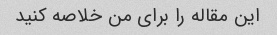
این مقاله را برای من خلاصه کنید